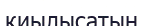
қиылысатын